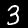
Label: 3